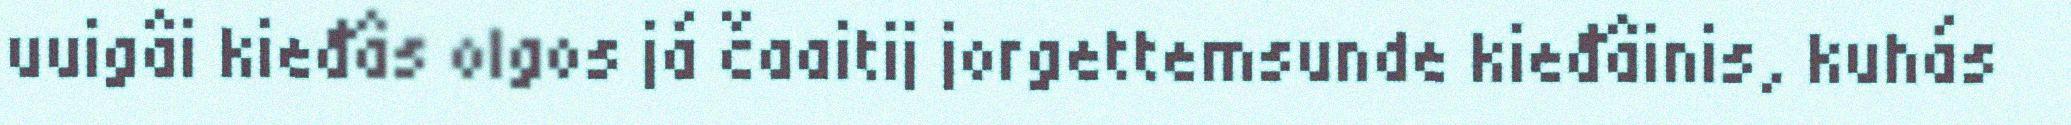
uuigâi kieđâs olgos já čaaitij jorgettemsunde kieđâinis, kuhás